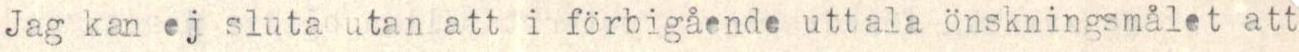
Jag kan ej sluta utan att i förbigående uttala önskningsmålet att